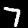
Digit: 7